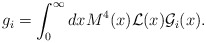
\begin{align*}g_{i} = \int_0^\infty dx M^4(x){\cal L}(x){\cal G}_i(x).\end{align*}